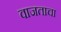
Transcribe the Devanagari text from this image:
वाजताचा